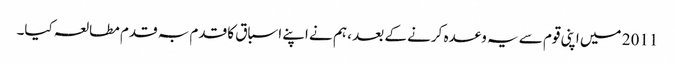
2011 میں اپنی قوم سے یہ وعدہ کرنے کے بعد ، ہم نے اپنے اسباق کا قدم بہ قدم مطالعہ کیا۔